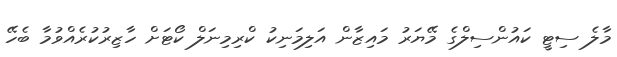
މާލެ ސިޓީ ކައުންސިލްގެ މޭޔަރު މައިޒާން އަލިމަނިކު ކްރިމިނަލް ކޯޓަށް ހާޒިރުކުރެއްވުމާ ބެހޭ